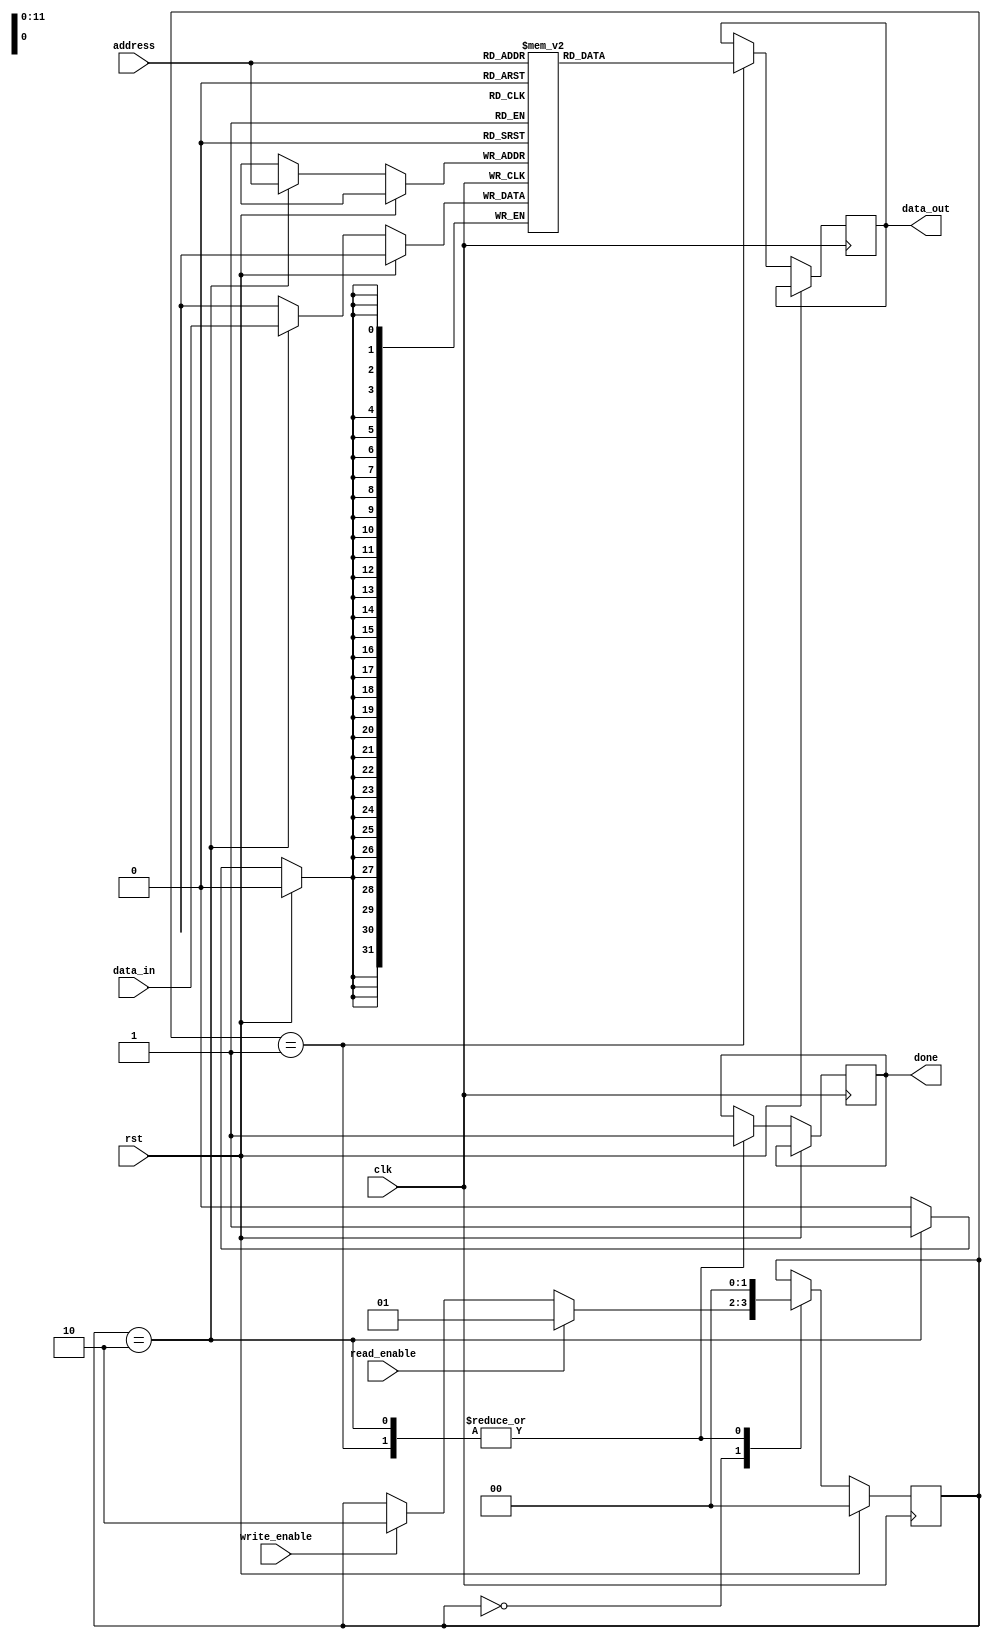
module SDRAM_control(
    input wire clk,
    input wire rst,
    input wire read_enable,
    input wire write_enable,
    input wire [11:0] address,
    input wire [31:0] data_in,
    output wire [31:0] data_out,
    output wire done
);

reg [1:0] state;
reg [7:0] command;
reg [31:0] memory[0:4095];

always @(posedge clk) begin
    if (rst) begin
        state <= 2'b00;
        command <= 8'b00000000;
    end else begin
        case (state)
            2'b00: begin
                if (read_enable) begin
                    command <= 8'b00000001;
                    state <= 2'b01;
                end else if (write_enable) begin
                    command <= 8'b00000010;
                    state <= 2'b10;
                end
            end
            2'b01: begin
                data_out <= memory[address];
                done <= 1'b1;
                state <= 2'b00;
            end
            2'b10: begin
                memory[address] <= data_in;
                done <= 1'b1;
                state <= 2'b00;
            end
        endcase
    end
end

endmodule